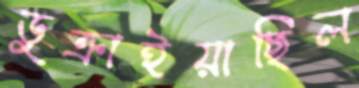
ডুক্‌রাইয়াছিল